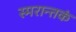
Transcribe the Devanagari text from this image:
स्मरान्तकं